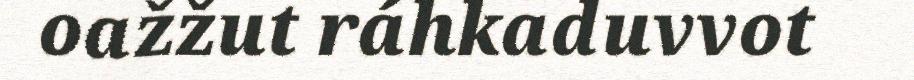
oažžut ráhkaduvvot